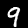
Label: 9